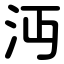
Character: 沔